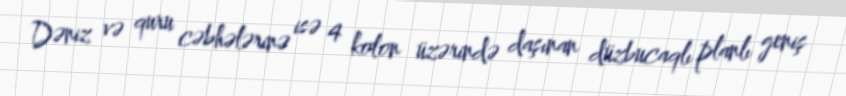
Dəniz və quru cəbhələrinə isə 4 kolon üzərində daşınan düzbucaqlı planlı geniş